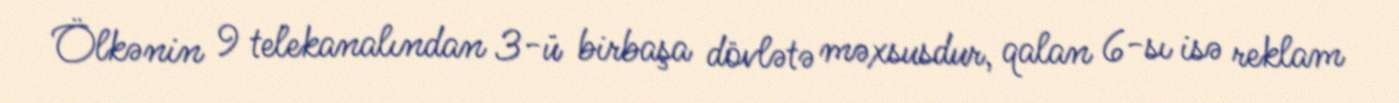
Ölkənin 9 telekanalından 3-ü birbaşa dövlətə məxsusdur, qalan 6-sı isə reklam